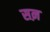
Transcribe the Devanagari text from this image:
सऩ